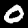
Digit: 0